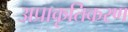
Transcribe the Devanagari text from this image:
अप्राकृतिकरण